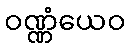
ဝဏ္ဏံယေဝ